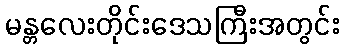
မန္တလေးတိုင်းဒေသကြီးအတွင်း